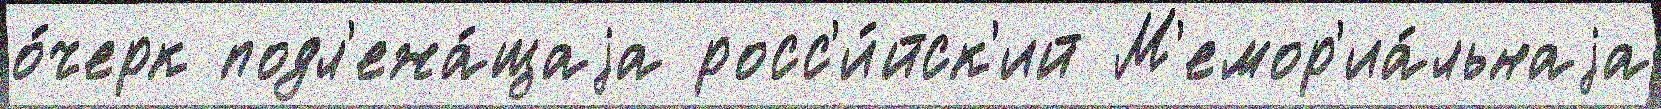
о́черк подл'ежа́щаjа росс'и́йск'ий М'емор'иа́льнаjа